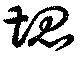
塊